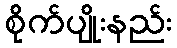
စိုက်ပျိုးနည်း